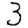
Digit: 3